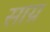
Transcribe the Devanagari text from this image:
साग्र